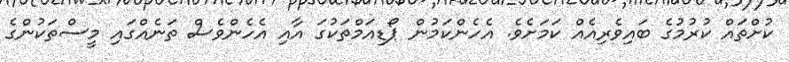
ކުށްތައް ކުރުމުގެ ބައިވެރިއެއް ކަމަށެވެ. އެހެންކަމުން ޕޯޑިއަމްތަކުގަ އާއި އެހެންވެސް ތަނެއްގައި މީސްތަކުންގެ